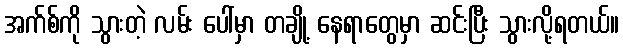
အက်စ်ကို သွားတဲ့ လမ်း ပေါ်မှာ တချို့ နေရာတွေမှာ ဆင်းပြီး သွားလို့ရတယ်။